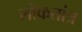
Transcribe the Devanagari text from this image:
लोकतांत्र